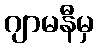
ဂျာမနီမှ